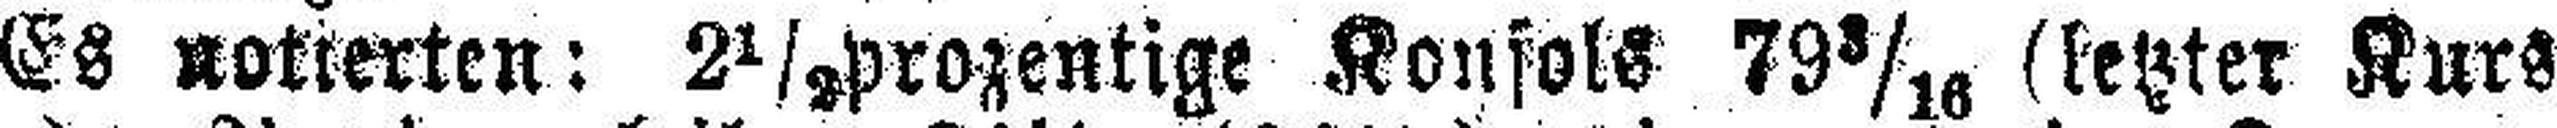
Es notierten: 2½ prozentige Konsols 79 3/10 (letzter Kurs